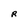
Character: R